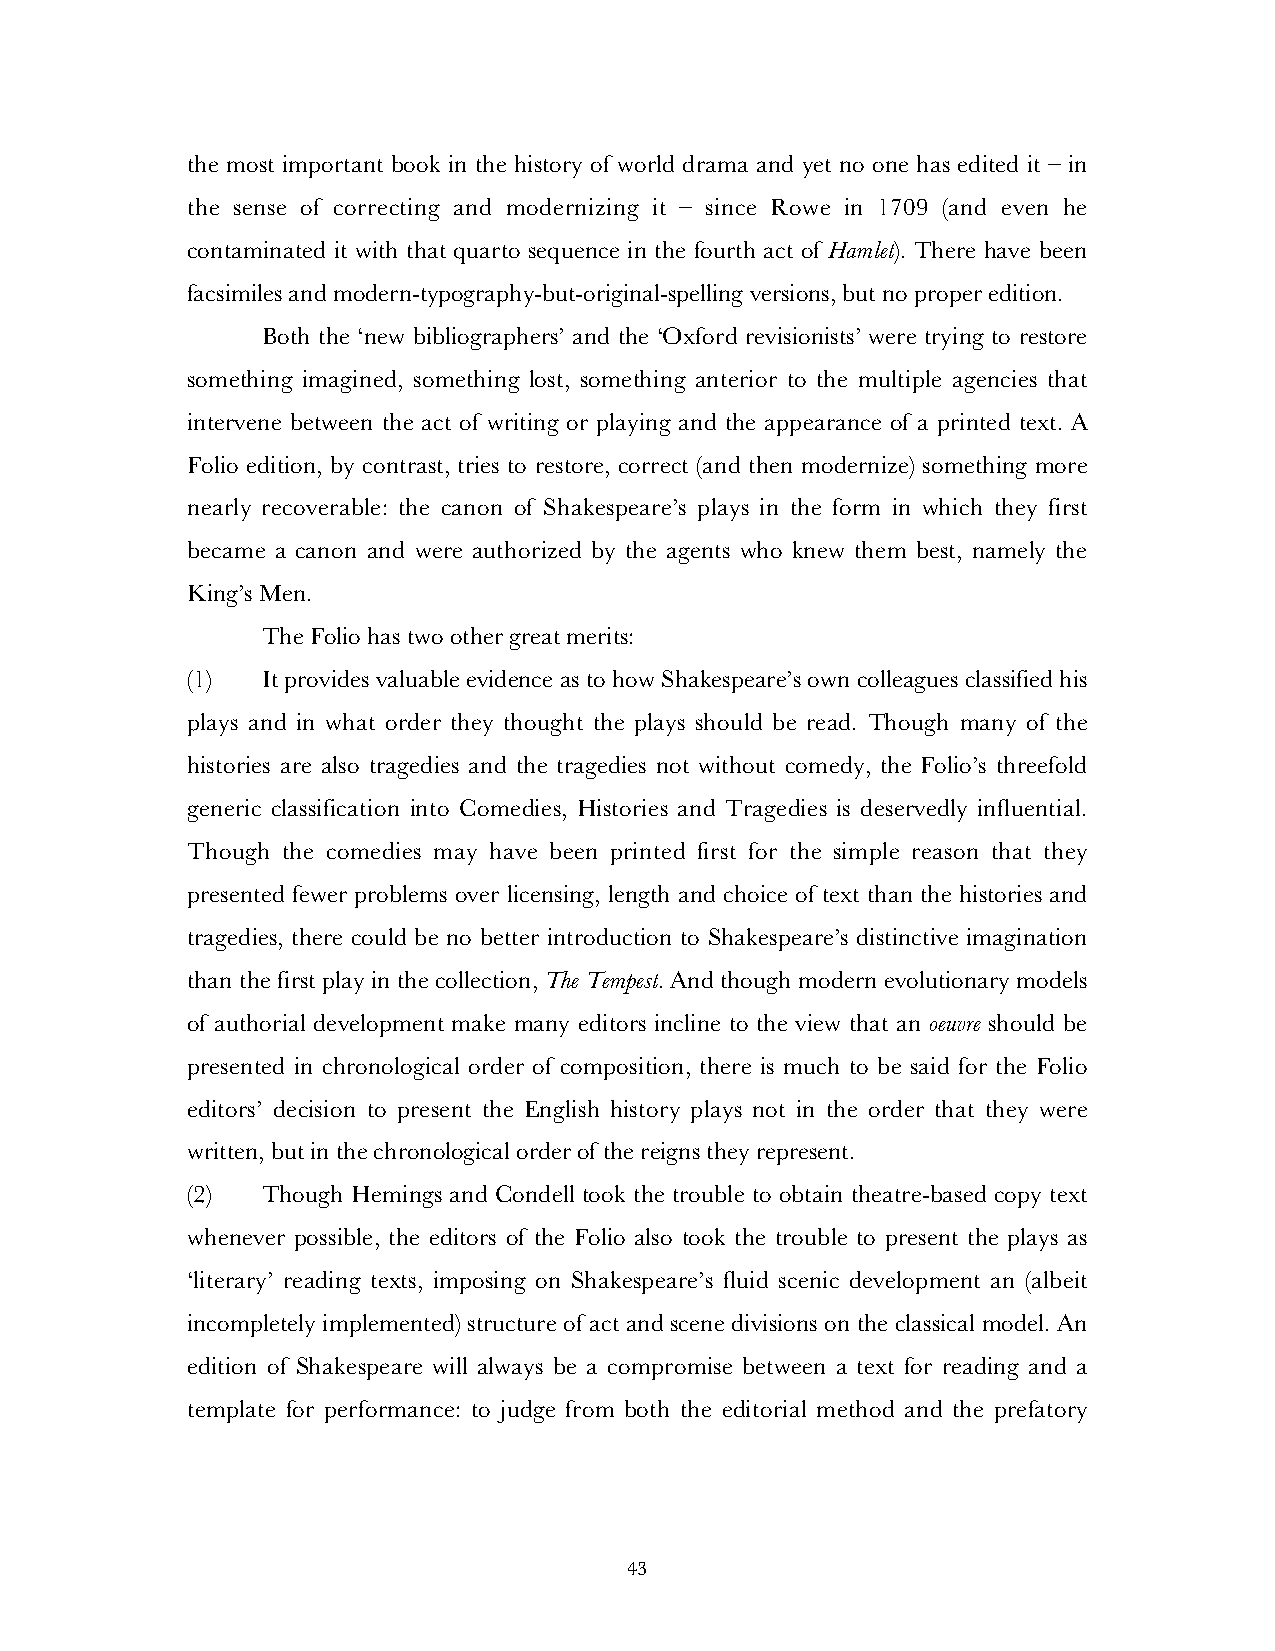
the most important book in the history of world drama and yet no one has edited it – in
 the sense of correcting and modernizing it – since Rowe in 1709 (and even he
 contaminated it with that quarto sequence in the fourth act of Hamlet). There have been
 facsimiles and modern-typography-but-original-spelling versions, but no proper edition.
 Both the ‘new bibliographers’ and the ‘Oxford revisionists’ were trying to restore
 something imagined, something lost, something anterior to the multiple agencies that
 intervene between the act of writing or playing and the appearance of a printed text. A
 Folio edition, by contrast, tries to restore, correct (and then modernize) something more
 nearly recoverable: the canon of Shakespeare’s plays in the form in which they first
 became a canon and were authorized by the agents who knew them best, namely the
 King’s Men.
 The Folio has two other great merits:
 (1)  It provides valuable evidence as to how Shakespeare’s own colleagues classified his
 plays and in what order they thought the plays should be read. Though many of the
 histories are also tragedies and the tragedies not without comedy, the Folio’s threefold
 generic classification into Comedies, Histories and Tragedies is deservedly influential.
 Though the comedies may have been printed first for the simple reason that they
 presented fewer problems over licensing, length and choice of text than the histories and
 tragedies, there could be no better introduction to Shakespeare’s distinctive imagination
 than the first play in the collection, The Tempest. And though modern evolutionary models
 of authorial development make many editors incline to the view that an oeuvre should be
 presented in chronological order of composition, there is much to be said for the Folio
 editors’ decision to present the English history plays not in the order that they were
 written, but in the chronological order of the reigns they represent.
 (2)  Though Hemings and Condell took the trouble to obtain theatre-based copy text
 whenever possible, the editors of the Folio also took the trouble to present the plays as
 ‘literary’ reading texts, imposing on Shakespeare’s fluid scenic development an (albeit
 incompletely implemented) structure of act and scene divisions on the classical model. An
 edition of Shakespeare will always be a compromise between a text for reading and a
 template for performance: to judge from both the editorial method and the prefatory
 43